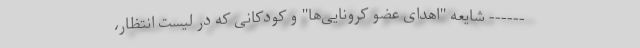
------ شایعه "اهدای عضو کرونایی‌ها" و کودکانی که در لیستِ انتظار،